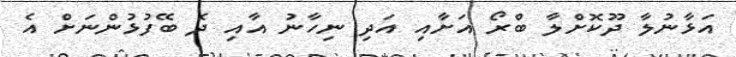
އަޅާނުލާ ދޫކޮށްލާ ބްރޯ އަށާއި އަދި ނިހާނު އާއި ދެ ބޭފުޅުންނަށް އެ